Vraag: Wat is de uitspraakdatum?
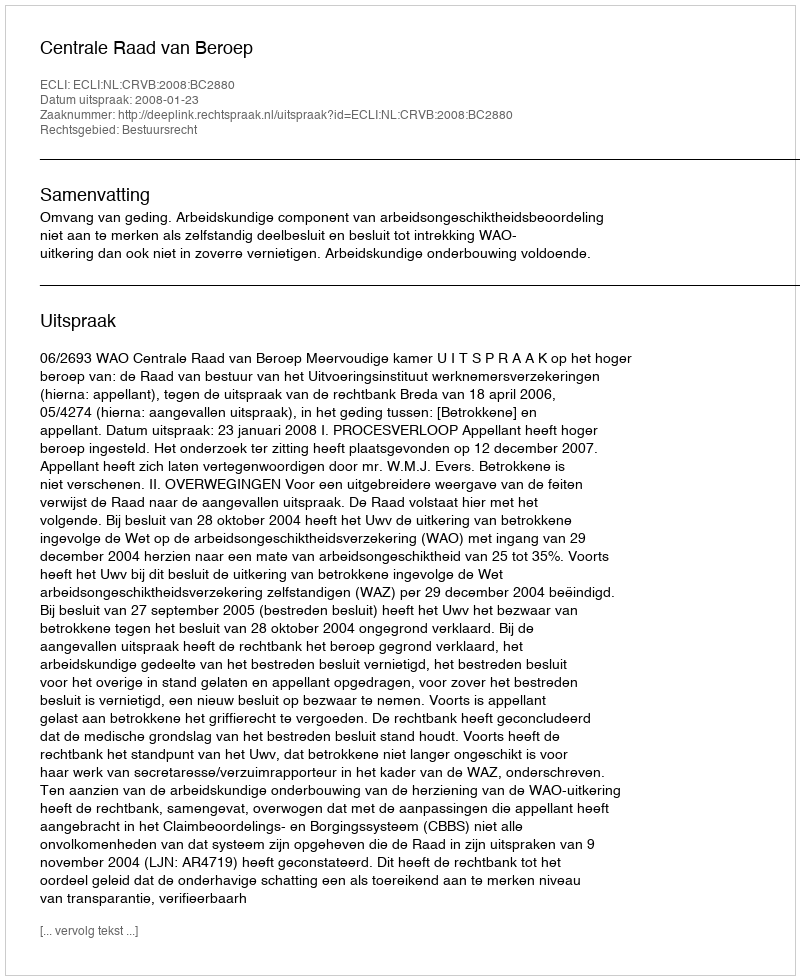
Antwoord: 2008-01-23